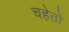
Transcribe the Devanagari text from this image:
चहेतों